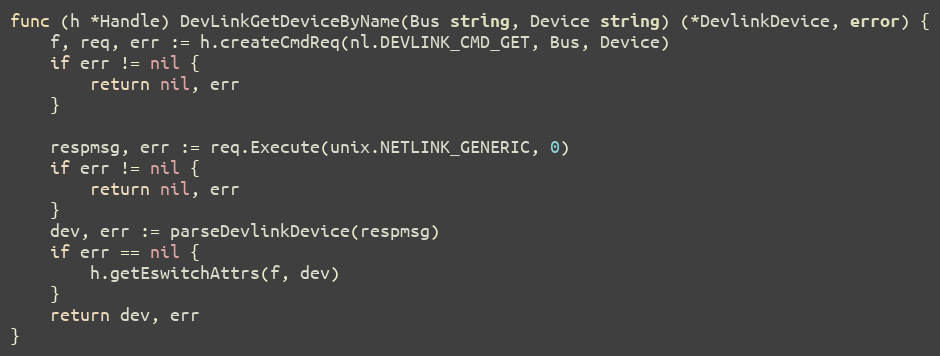
Language: Go
func (h *Handle) DevLinkGetDeviceByName(Bus string, Device string) (*DevlinkDevice, error) {
	f, req, err := h.createCmdReq(nl.DEVLINK_CMD_GET, Bus, Device)
	if err != nil {
		return nil, err
	}

	respmsg, err := req.Execute(unix.NETLINK_GENERIC, 0)
	if err != nil {
		return nil, err
	}
	dev, err := parseDevlinkDevice(respmsg)
	if err == nil {
		h.getEswitchAttrs(f, dev)
	}
	return dev, err
}